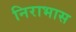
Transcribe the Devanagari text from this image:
निराभास